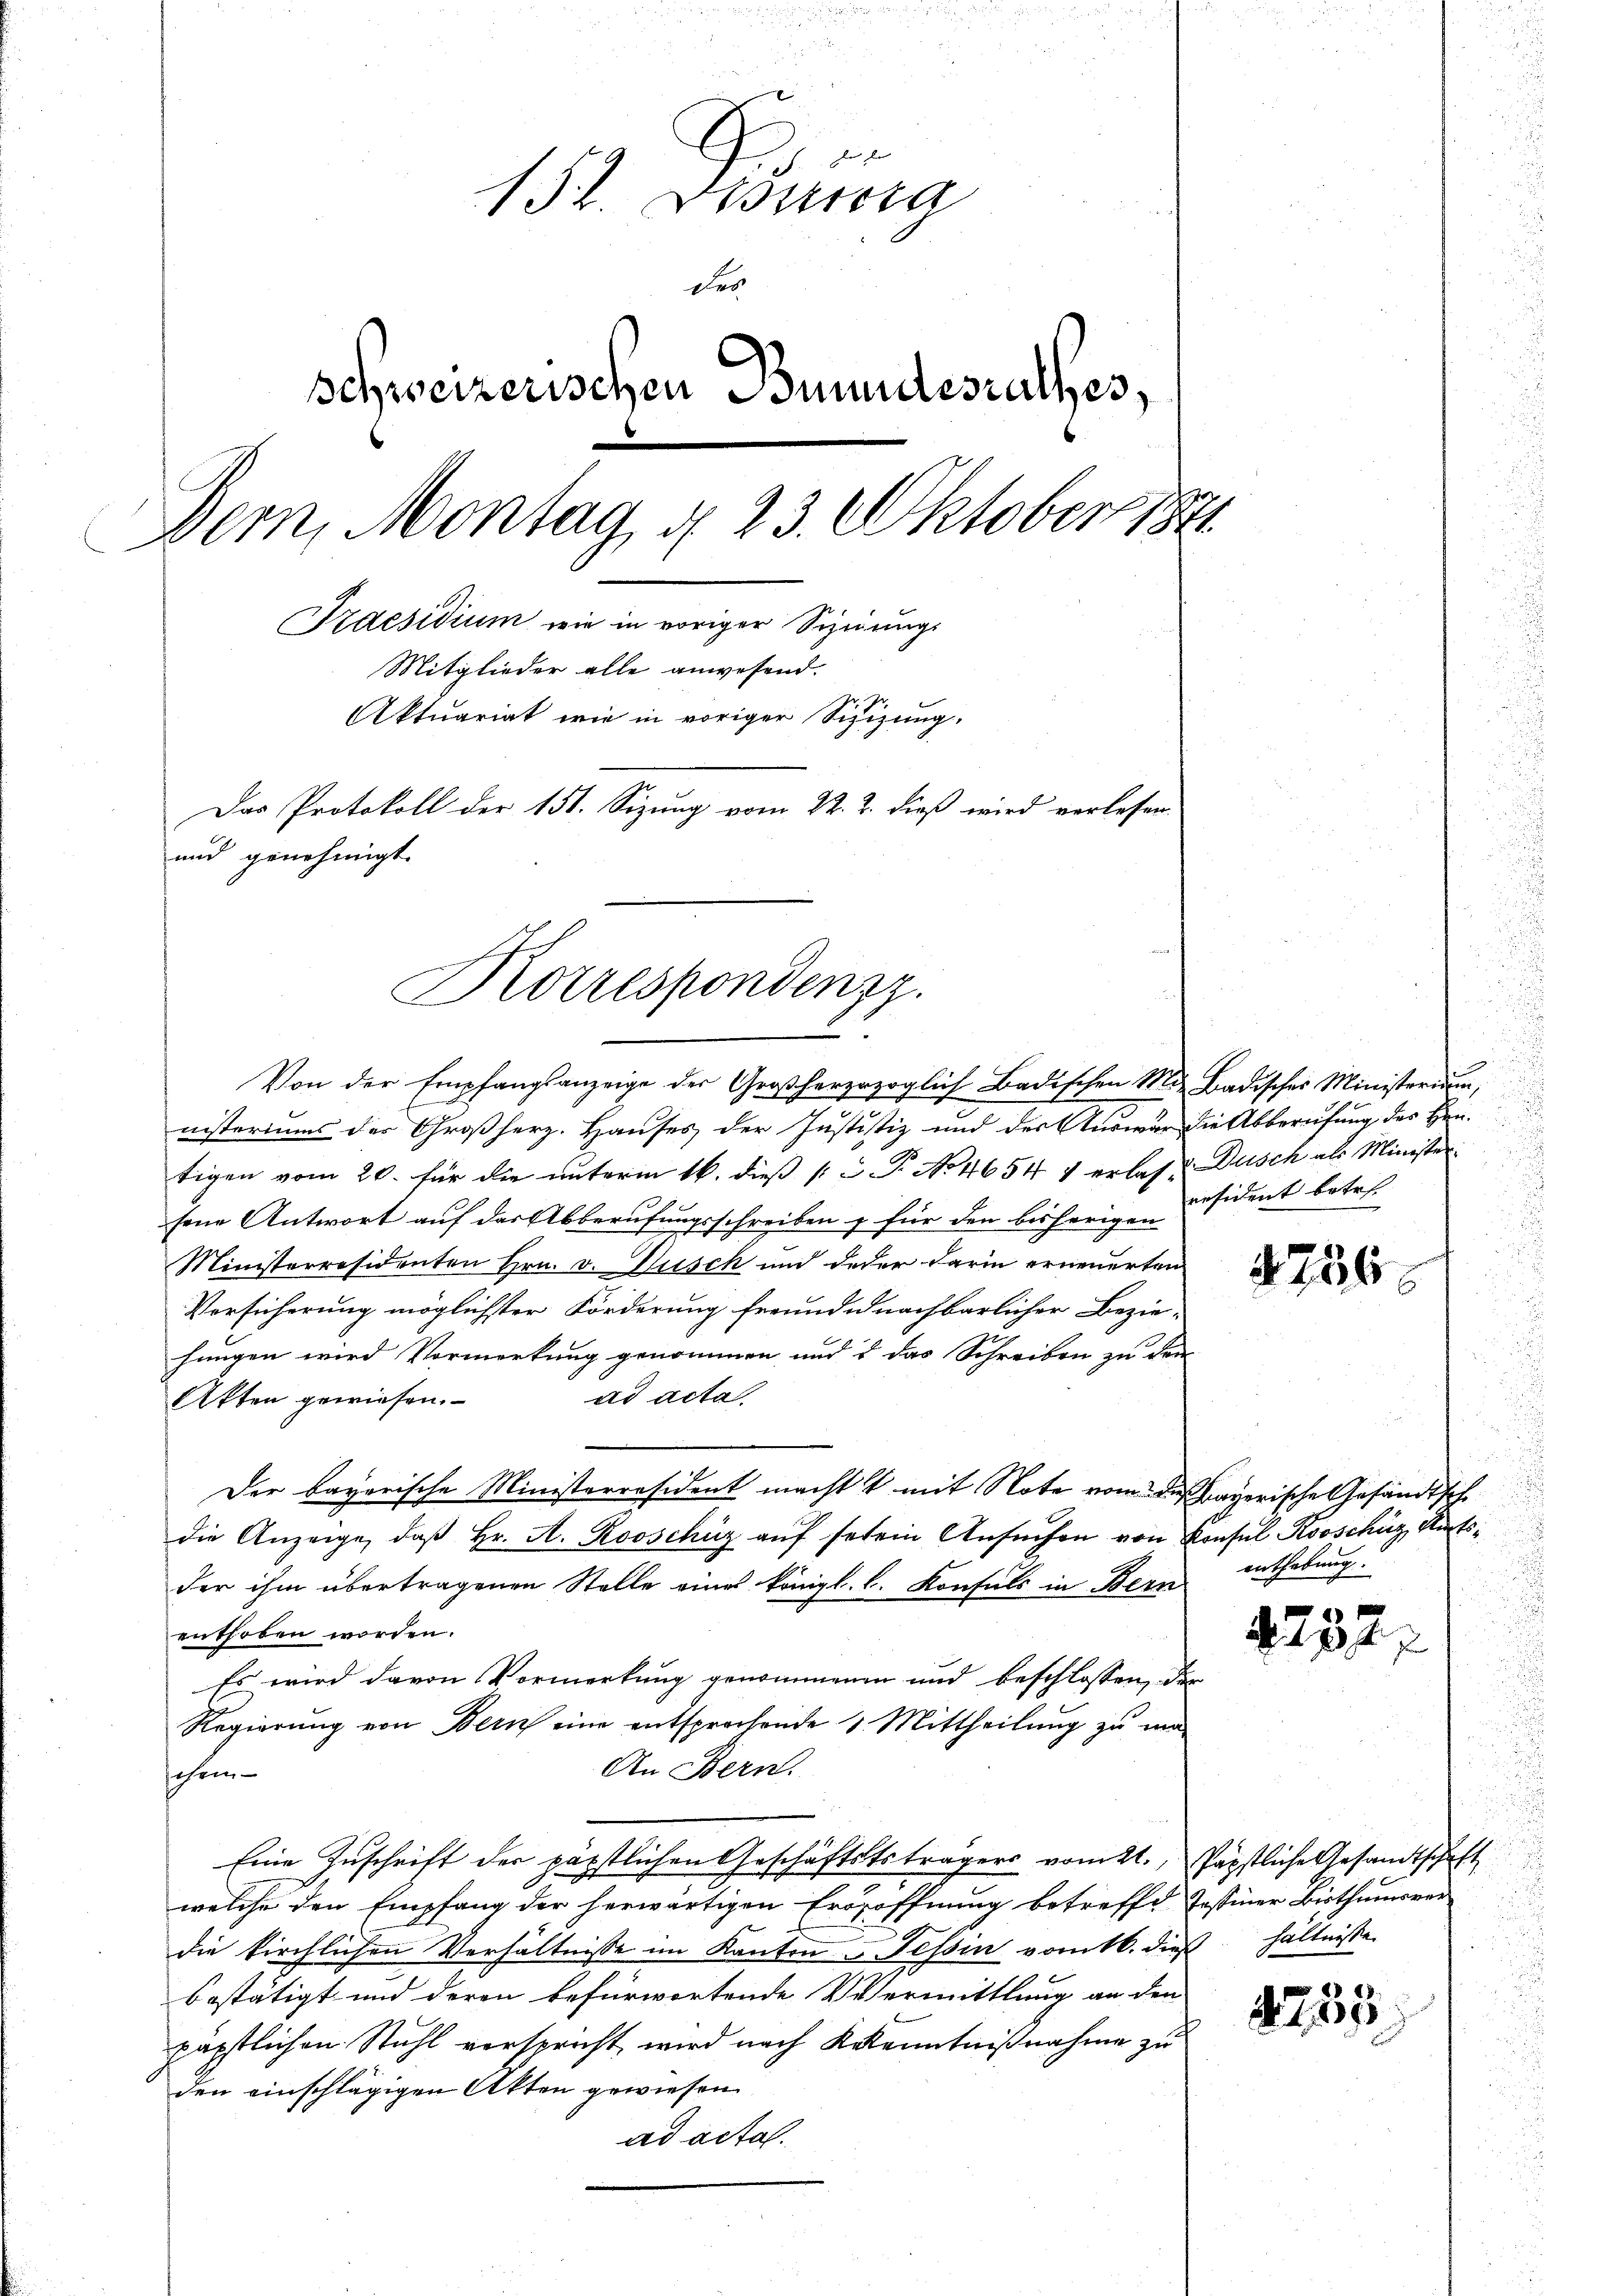
152. Discura
der
schweizerischen Bundesrathes,
Dem Montag, § 23. Oktobers
Praesidium wie in voriger Signungs
Mitglieder alle anwesend.
Aktuariat wie in voriger Sizizung.
Das Protokoll der 151. Sizung vom 22. 2. dieß wird verlesen
und genehmigt.

Korrespondenzz
Von der Empfangsanzeige der Großherzuzoglich Badischen M. Badisches Ministerium,

nisteriums der Großherz. Hauses der Justistiz und der Auswar die Abberufung des Hrn.
tigen vom 20. für die unterm 16. dieß (c. P. No 4654 4 erlas u. Dusch als Minister
fene Antwort auf der Abberufungsschreiben & für den bisherigen Desident betre
Ministerresidenten Hrn. v. Susch und Jeder darin erneuerten
Vorsicherung möglichster Förderung freund nachbarlicher Bezie-
hungen wird Vormerkung genommen und & das Schreiben zu den
ad acta.
Akten gewiesen.
Der bayerische Ministerräsident macht mit Note vom die payerische Gesandtsche
die Anzeige, daß Hr. A. Rooschüz auf sehen Ansuchen von Konsul Kooschüz, Amtsder ihm übertragenen Stelle eines königl. l. Konsuls in Bern
enthoben worden.
Es wird davon Vormerkung genommenen und beschlossen, der
Regierŭng von Bern eine entsprochende 3 Mittheilŭng zŭ ma
An Bern.
schei-
Eine Zuschrift der päpstlichen Geschäftststrägers vom 21., Papstliche Gesandtschaft
welche den Empfang der herwärtigen Erdsöffnung betreffe, Tessiner Bisthumsver
die kirchlichen Verhältnisse im Kanton Tessin vom 16. dieß hältnisse
bestätigt und deren befürwortende Vermittlung an den
päpstlichen Stuhl verspricht wird nach Kenntnißnahme zu
den einschlägigen Akten gewiesen.
ad acta.

2236.

enthebung.

.

237.

4235